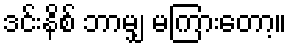
ဒင်းနိစ် ဘာမျှ မကြားတော့။